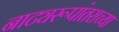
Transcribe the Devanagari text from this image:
नाट्यरूपांतराच्या